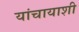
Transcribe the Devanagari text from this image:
यांचायाशी